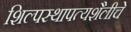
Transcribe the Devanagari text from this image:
शिल्पस्थापत्यशैलीचे